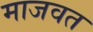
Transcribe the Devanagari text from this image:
माजवत